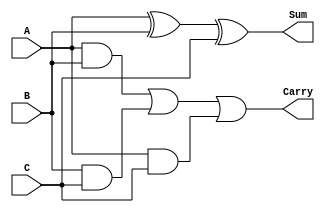
module ModifiedCarrySaveAdder #(parameter n = 8) (
    input [n-1:0] A, // First operand
    input [n-1:0] B, // Second operand
    input [n-1:0] C, // Third operand
    output [n-1:0] Sum, // Sum output
    output [n-1:0] Carry // Carry output
);

    // Intermediate carries
    wire [n-1:0] carryAB;
    wire [n-1:0] carryBC;
    wire [n-1:0] carryAC;

    // Calculate pairwise carries
    assign carryAB = A & B;  // Carry bits between A and B
    assign carryBC = B & C;  // Carry bits between B and C
    assign carryAC = A & C;  // Carry bits between A and C

    // Calculate the sum using XOR
    assign Sum = A ^ B ^ C; // Sum output using XOR

    // Calculate the final carry output
    assign Carry = carryAB | carryBC | carryAC; // Aggregate carries

endmodule